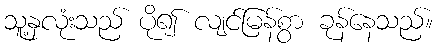
သူ့နှလုံးသည် ပို၍ လျင်မြန်စွာ ခုန်နေသည်။